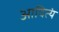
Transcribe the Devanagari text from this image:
आदित्यं